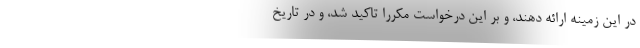
در این زمینه ارائه دهند، و بر این درخواست مکررا تاکید شد، و در تاریخ